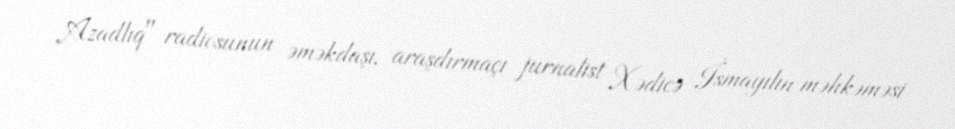
Azadlıq" radiosunun əməkdaşı, araşdırmaçı jurnalist Xədicə İsmayılın məhkəməsi